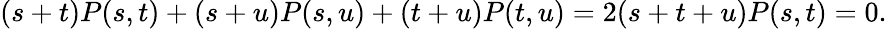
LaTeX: (s+t)P(s,t)+(s+u)P(s,u)+(t+u)P(t,u)=2(s+t+u)P(s,t)=0.